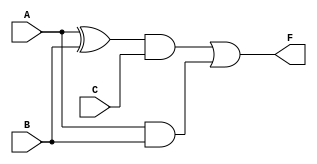
module Circuit_A(A, B, C, F);
input A, B, C;
output F;
wire w, x, y;
xor (w, A, B);
and (x, w, C);
and (y, A, B);
or (F, x, y);
endmodule

module Circuit_A_tb;
reg a, b, c;
wire f;

Circuit_A circuit(a, b, c, f);
initial
begin
$monitor("A=%b, B=%b, C=%b, F=%b", a, b, c, f);
a = 0; b = 0; c = 0; #10;
a = 0; b = 0; c = 1; #10;
a = 0; b = 1; c = 0; #10;
a = 0; b = 1; c = 1; #10;
a = 1; b = 0; c = 0; #10;
a = 1; b = 0; c = 1; #10;
a = 1; b = 1; c = 0; #10;
a = 1; b = 1; c = 1; #10;

$finish;
end
endmodule